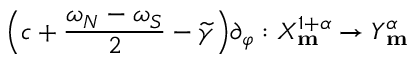
\Big ( c + \frac { \omega _ { N } - \omega _ { S } } { 2 } - \widetilde { \gamma } \Big ) \partial _ { \varphi } : X _ { \mathbf { m } } ^ { 1 + \alpha } \rightarrow Y _ { \mathbf { m } } ^ { \alpha }